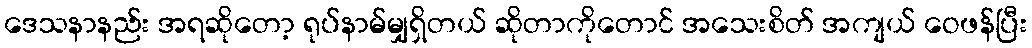
ဒေသနာနည်း အရဆိုတော့ ရုပ်နာမ်မျှရှိတယ် ဆိုတာကိုတောင် အသေးစိတ် အကျယ် ဝေဖန်ပြီး